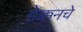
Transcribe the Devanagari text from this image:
डेक्कनचे